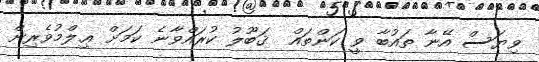
ވިޔަސް އޭނާ ތައުބާ ވީ ކަންތައް  ޤަބޫލު ކުރައްވާނެ ކަމަށް ޢިލްމުވެރިން